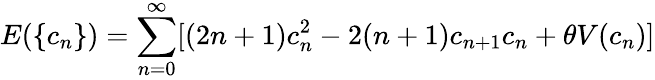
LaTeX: E(\{ c_{n}\} )=\sum_{n=0}^{\infty}[(2n+1)c_{n}^{2}-2(n+1)c_{n+1}c_{n}+\theta V(c_{n})]